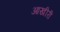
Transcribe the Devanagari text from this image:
आखीरी